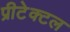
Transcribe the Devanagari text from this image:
प्रीटेक्टल